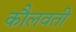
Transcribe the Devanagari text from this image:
कौलवती